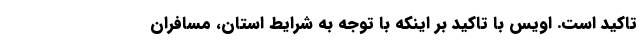
تاکید است. اویس با تاکید بر اینکه با توجه به شرایط استان، مسافران